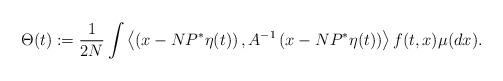
LaTeX: \begin{align*}\Theta(t): = \frac{1}{2N} \int \left\langle \left(x-NP^* \eta(t)\right), A^{-1}\left( x- NP^* \eta (t) \right) \right\rangle f(t,x) \mu(dx).\end{align*}